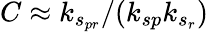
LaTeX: C\approx k_{s_{pr}}/(k_{sp}k_{s_{r}})